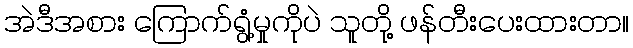
အဲဒီအစား ကြောက်ရွံ့မှုကိုပဲ သူတို့ ဖန်တီးပေးထားတာ။